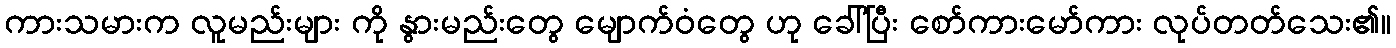
ကားသမားက လူမည်းများ ကို နွားမည်းတွေ မျောက်ဝံတွေ ဟု ခေါ်ပြီး စော်ကားမော်ကား လုပ်တတ်သေး၏။